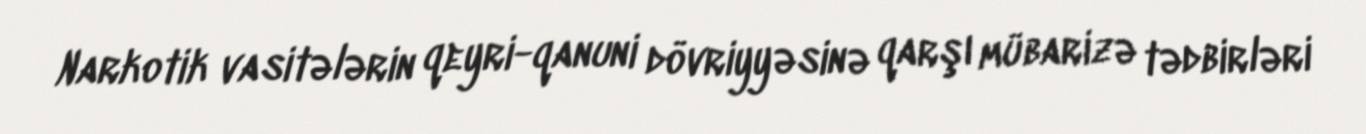
Narkotik vasitələrin qeyri-qanuni dövriyyəsinə qarşı mübarizə tədbirləri